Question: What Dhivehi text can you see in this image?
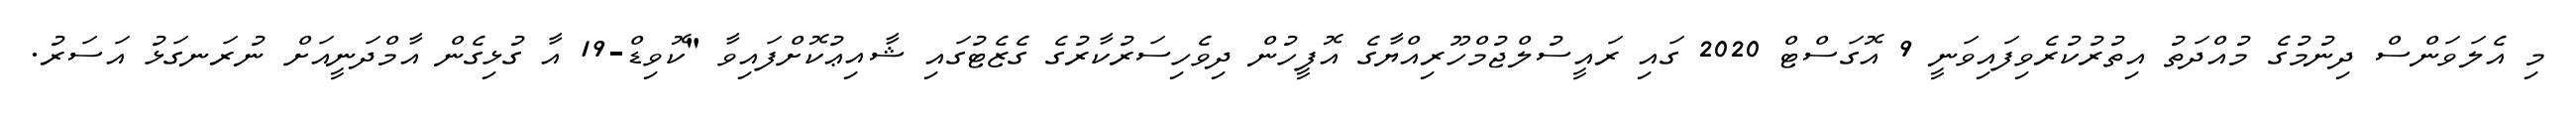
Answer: މި އެލަވަންސް ދިނުމުގެ މުއްދަތު އިތުރުކުރެވިފައިވަނީ 9 އޮގަސްޓް 2020 ގައި ރައީސުލްޖުމްހޫރިއްޔާގެ އޮފީހުން ދިވެހިސަރުކާރުގެ ގެޒެޓުގައި ޝާއިޢުކޮށްފައިވާ "ކޮވިޑް-19 އާ ގުޅިގެން އާމްދަނީއަށް ނުރަނގަޅު އަސަރު.